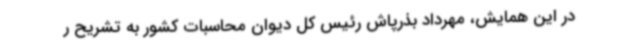
در این همایش، مهرداد بذرپاش رئیس کل دیوان محاسبات کشور به تشریح ر